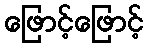
ဖြောင့်ဖြောင့်